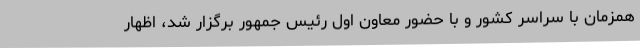
همزمان با سراسر کشور و با حضور معاون اول رئیس جمهور برگزار شد، اظهار